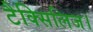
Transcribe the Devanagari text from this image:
टैक्सिलिज।